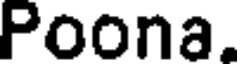
Poona.